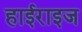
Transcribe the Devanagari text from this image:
हाईराइज